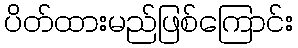
ပိတ်ထားမည်ဖြစ်ကြောင်း